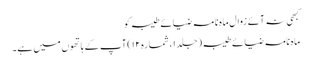
کبھی نہ آئے زوال ماہ نامہ ضیائے طیبہ کو
ماہ نامہ ضیائے طیبہ (جلد ۱، شمارہ ۱۲) آپ کے ہاتھوں میں ہے۔